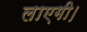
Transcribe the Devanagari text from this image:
लाएगी।